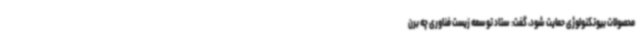
محصولات بیوتکنولوژی حمایت شود، گفت: ستاد توسعه زیست فناوری چه برن